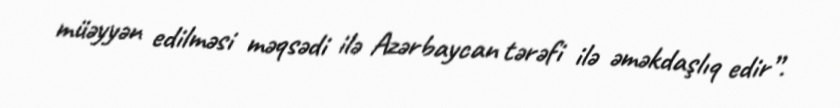
müəyyən edilməsi məqsədi ilə Azərbaycan tərəfi ilə əməkdaşlıq edir”.